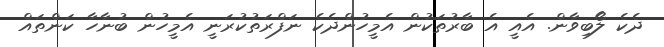
ދެކެ ލޯބިވާން. އެއީ އެ ބާރުތަކުން އެމީހުންދެކެ ނަފްރަތުކުރަނީ އެމީހުން ބުނާހާ ކަންތައް